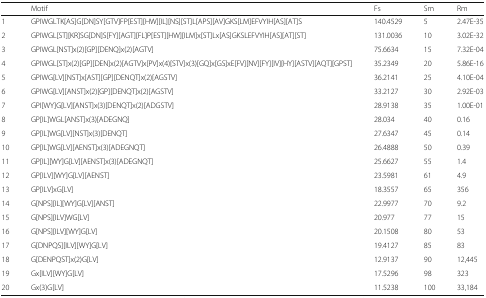
<table><thead><tr><td></td><td><b>Motif</b></td><td><b>Fs</b></td><td><b>Sm</b></td><td><b>Rm</b></td></tr></thead><tbody><tr><td>1</td><td>GPIWGLTK[AS]G[DN]SY[GTV]FP[EST][HW][IL][NS][ST]L[APS][AV]GKS[LM]EFVYIH[AS][AT]S</td><td>140.4529</td><td>5</td><td>2.47E-35</td></tr><tr><td>2</td><td>GPIWGL[ST][KR]SG[DN]S[FY][AGT][FL]P[EST][HW][ILM]x[ST]Lx[AS]GKSLEFVYIH[AS][AT][ST]</td><td>131.0036</td><td>10</td><td>3.02E-32</td></tr><tr><td>3</td><td>GPIWGL[NST]x(2)[GP][DENQ]x(2)[AGTV]</td><td>75.6634</td><td>15</td><td>7.32E-04</td></tr><tr><td>4</td><td>GPIWGL[ST]x(2)[GP][DEN]x(2)[AGTV]x[PV]x(4)[STV]x(3)[GQ]x[GS]xE[FV][NV][FY][IV][HY][ASTV][AQT][GPST]</td><td>35.2349</td><td>20</td><td>5.86E-16</td></tr><tr><td>5</td><td>GPIWG[LV][NST]x[AST][GP][DENQT]x(2)[AGSTV]</td><td>36.2141</td><td>25</td><td>4.10E-04</td></tr><tr><td>6</td><td>GPIWG[LV][ANST]x(2)[GP][DENQT]x(2)[AGSTV]</td><td>33.2127</td><td>30</td><td>2.92E-03</td></tr><tr><td>7</td><td>GPI[WY]G[LV][ANST]x(3)[DENQT]x(2)[ADGSTV]</td><td>28.9138</td><td>35</td><td>1.00E-01</td></tr><tr><td>8</td><td>GP[IL]WGL[ANST]x(3)[ADEGNQ]</td><td>28.034</td><td>40</td><td>0.16</td></tr><tr><td>9</td><td>GP[IL]WG[LV][NST]x(3)[DENQT]</td><td>27.6347</td><td>45</td><td>0.14</td></tr><tr><td>10</td><td>GP[IL]WG[LV][AENST]x(3)[ADEGNQT]</td><td>26.4888</td><td>50</td><td>0.39</td></tr><tr><td>11</td><td>GP[IL][WY]G[LV][AENST]x(3)[ADEGNQT]</td><td>25.6627</td><td>55</td><td>1.4</td></tr><tr><td>12</td><td>GP[ILV][WY]G[LV][AENST]</td><td>23.5981</td><td>61</td><td>4.9</td></tr><tr><td>13</td><td>GP[ILV]xG[LV]</td><td>18.3557</td><td>65</td><td>356</td></tr><tr><td>14</td><td>G[NPS][IL][WY]G[LV][ANST]</td><td>22.9977</td><td>70</td><td>9.2</td></tr><tr><td>15</td><td>G[NPS][ILV]WG[LV]</td><td>20.977</td><td>77</td><td>15</td></tr><tr><td>16</td><td>G[NPS][ILV][WY]G[LV]</td><td>20.1508</td><td>80</td><td>53</td></tr><tr><td>17</td><td>G[DNPQS][ILV][WY]G[LV]</td><td>19.4127</td><td>85</td><td>83</td></tr><tr><td>18</td><td>G[DENPQST]x(2)G[LV]</td><td>12.9137</td><td>90</td><td>12,445</td></tr><tr><td>19</td><td>Gx[ILV][WY]G[LV]</td><td>17.5296</td><td>98</td><td>323</td></tr><tr><td>20</td><td>Gx(3)G[LV]</td><td>11.5238</td><td>100</td><td>33,184</td></tr></tbody></table>